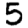
Digit: 5